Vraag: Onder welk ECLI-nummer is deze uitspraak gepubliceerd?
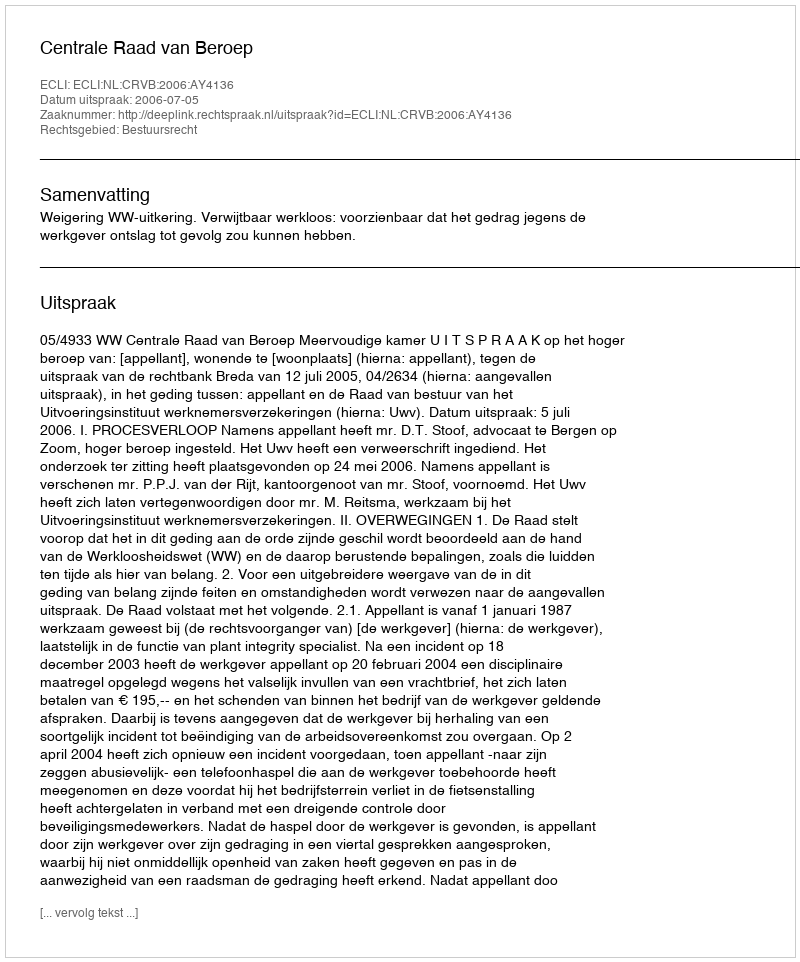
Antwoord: ECLI:NL:CRVB:2006:AY4136